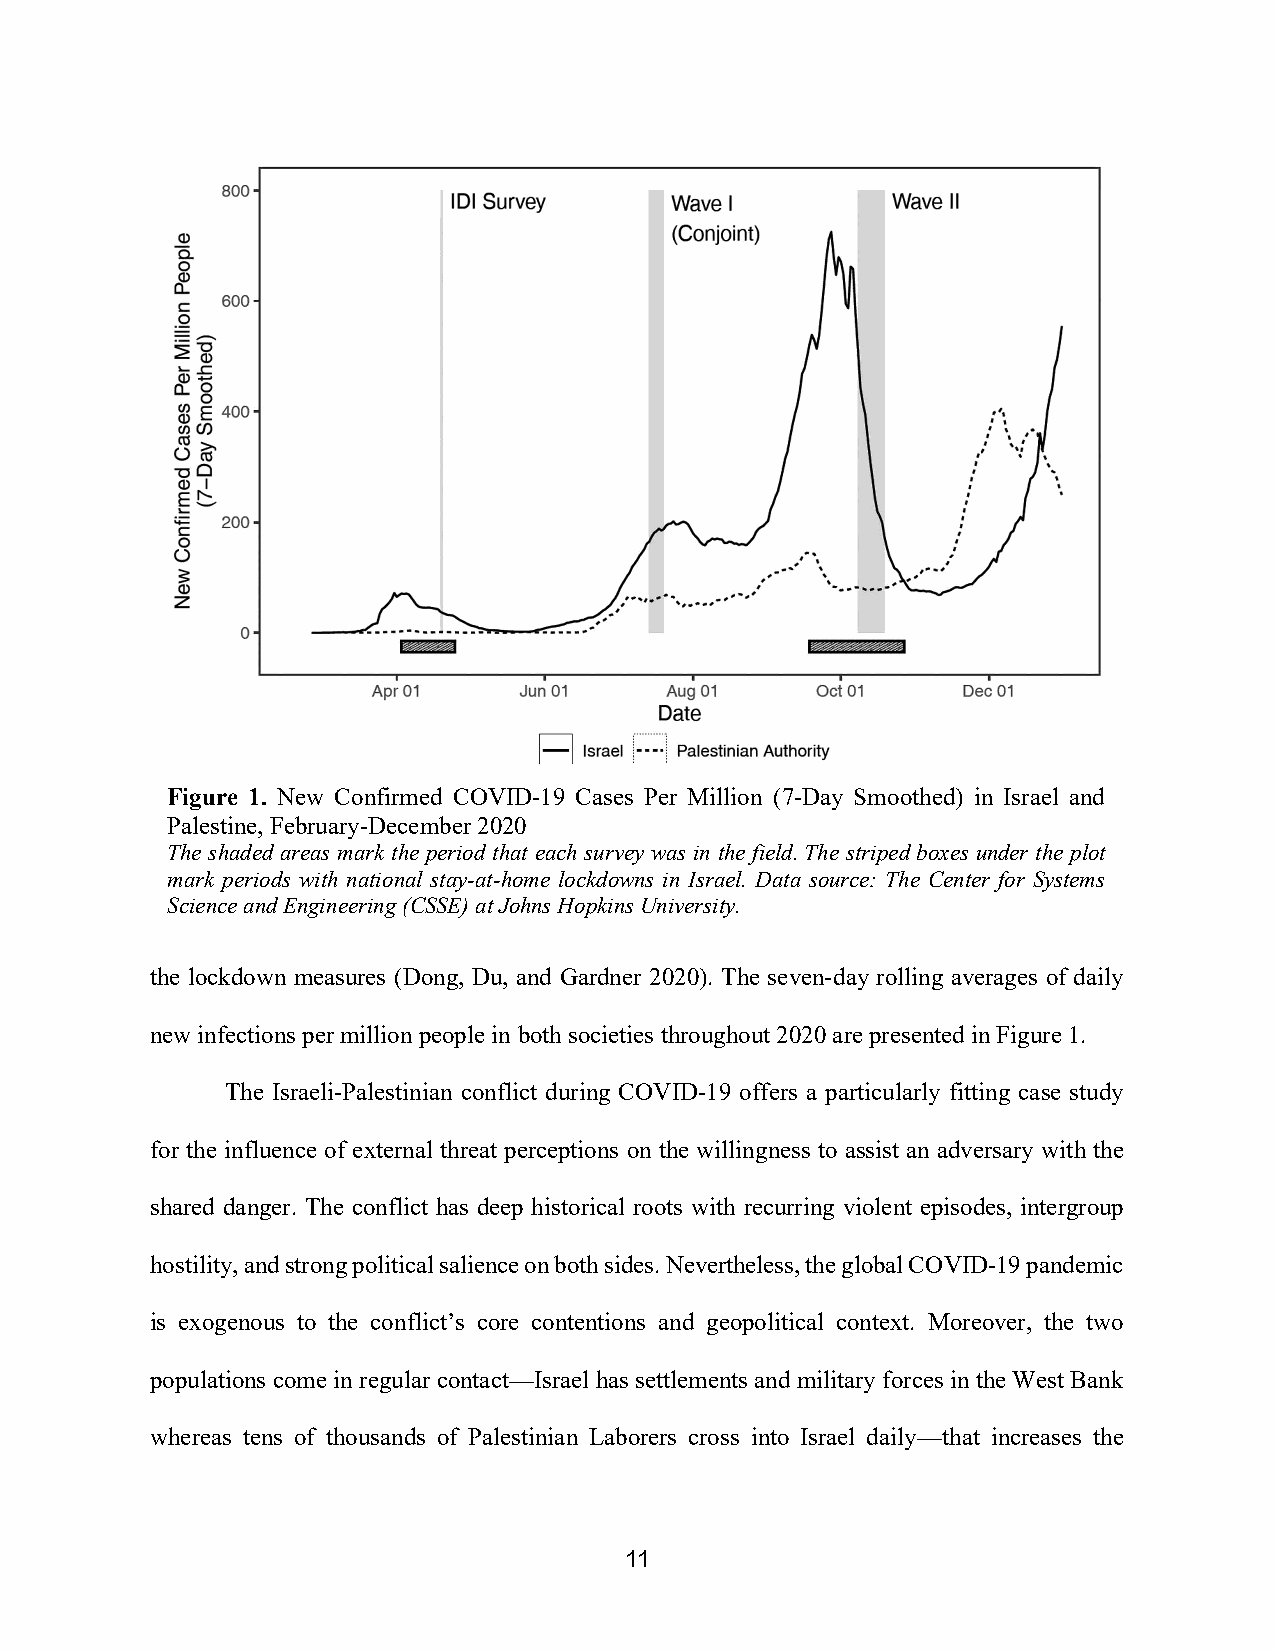
Figure 1. New Confirmed COVID-19 Cases Per Million (7-Day Smoothed) in Israel and
 Palestine, February-December 2020
 The shaded areas mark the period that each survey was in the field. The striped boxes under the plot
 mark periods with national stay-at-home lockdowns in Israel. Data source: The Center for Systems
 Science and Engineering (CSSE) at Johns Hopkins University.
 the lockdown measures (Dong, Du, and Gardner 2020). The seven-day rolling averages of daily
 new infections per million people in both societies throughout 2020 are presented in Figure 1.
 The Israeli-Palestinian conflict during COVID-19 offers a particularly fitting case study
 for the influence of external threat perceptions on the willingness to assist an adversary with the
 shared danger. The conflict has deep historical roots with recurring violent episodes, intergroup
 hostility, and strong political salience on both sides. Nevertheless, the global COVID-19 pandemic
 is exogenous to the conflict’s core contentions and geopolitical context. Moreover, the two
 populations come in regular contact—Israel has settlements and military forces in the West Bank
 whereas tens of thousands of Palestinian Laborers cross into Israel daily—that increases the
 11